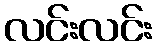
လင်းလင်း